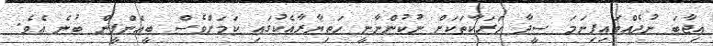
އިޖާބަ ނުދެއްވައިފިނަމަ ސީދާ ހަރަކާތަކަށް ނުކުންނާނީ ހަތިޔާރާއެކުގައި ކަމަށްވެސް ބީއެންޕީން ބުނެ އެވެ.